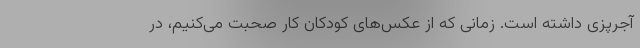
آجرپزی داشته است. زمانی که از عکس‌های کودکان کار صحبت می‌کنیم، در